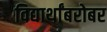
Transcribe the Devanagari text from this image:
विद्यार्थांबरोबर